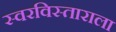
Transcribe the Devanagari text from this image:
स्वरविस्ताराला